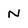
Character: N